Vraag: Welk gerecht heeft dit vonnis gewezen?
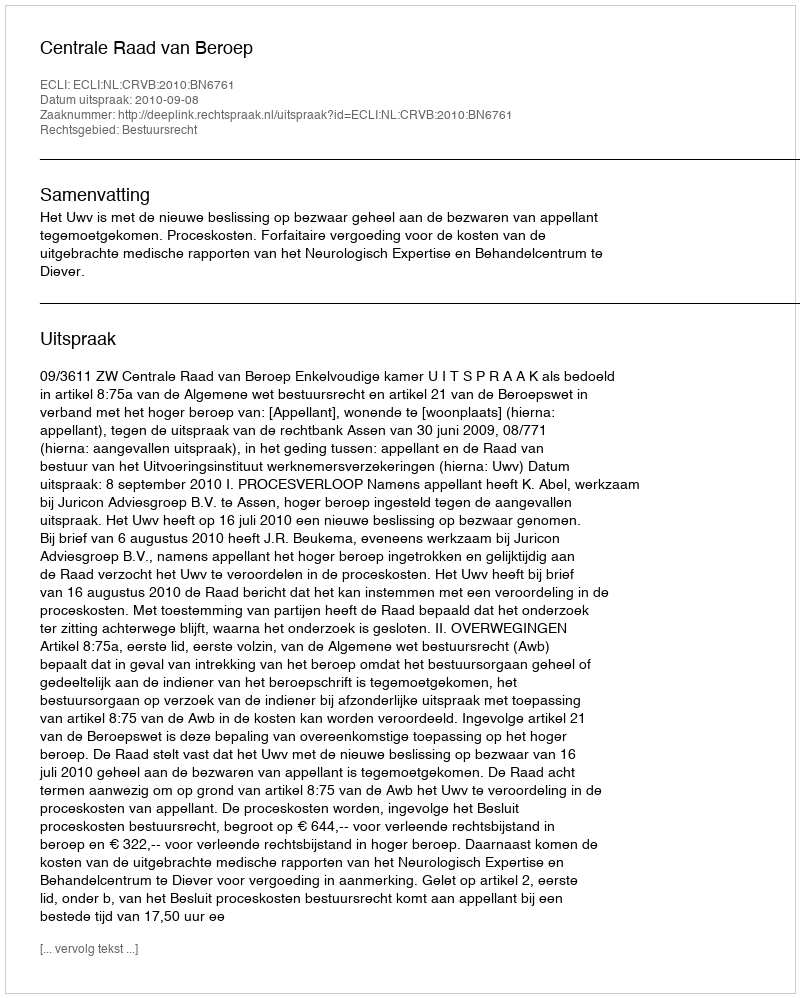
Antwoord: Centrale Raad van Beroep